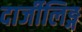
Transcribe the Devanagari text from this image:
दार्जीलिङ्ग